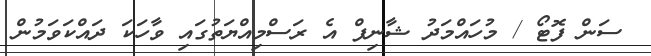
ސަން ފޮޓޯ / މުހައްމަދު ޝާނިފް އެ ރަސްމިއްޔަތުގައި ވާހަކަ ދައްކަވަމުން